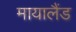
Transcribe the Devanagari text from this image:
मायालैंड